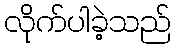
လိုက်ပါခဲ့သည်